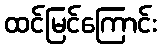
ထင်မြင်ကြောင်း